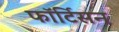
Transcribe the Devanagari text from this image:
फॉर्टिसन